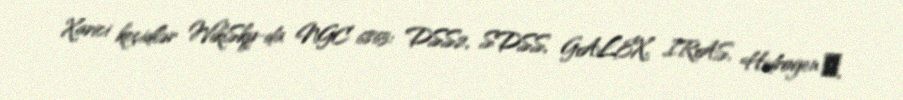
Xarici keçidlər WikiSky-da NGC 6863: DSS2, SDSS, GALEX, IRAS, Hidrogen α,